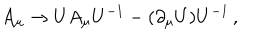
LaTeX: A _ { \mu } \rightarrow U A _ { \mu } U ^ { - 1 } - ( \partial _ { \mu } U ) U ^ { - 1 } \, { , }